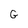
Character: G